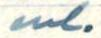
ml.